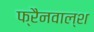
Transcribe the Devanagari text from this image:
फ्रैनवाल्श